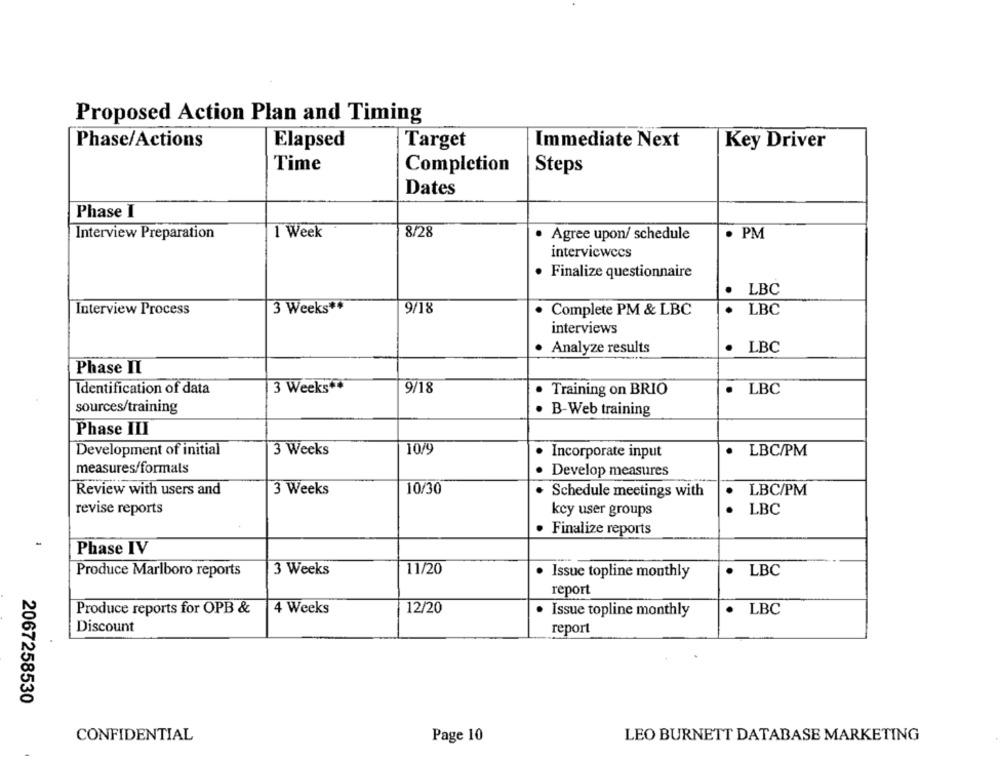
Proposed Action Plan and Timing
Phase/Actions
Elapsed
Target
Immediate Next
Key Driver
Time
Completion
Steps
Dates
Phase I
Interview Preparation
1 Week
8/28
Agree upon/ schedule
· PM
interviewccs
· Finalize questionnaire
· LBC
Interview Process
3 Weeks **
9/18
Complete PM & LBC
. LBC
interviews
Analyze results
. LBC
Phase II
3 Weeks"
9/18
Identification of data
· Training on BRIO
LBC
sources/training
· B-Web training
Phase III
10/9
Development of initial
3 Weeks
Incorporate input
LBC/PM
measures/formals
. .
Develop measures
10/30
Review with users and
3 Weeks
Schedule meetings with
LBC/PM
revise reports
key user groups
LBC
· Finalize reports
Phase IV
3 Weeks
11/20
LBC
Produce Marlboro reports
· Issue topline monthly
report
4 Weeks
12/20
LBC
Produce reports for OPB &
· Issue topline monthly
Discount
report
2067258530
CONFIDENTIAL
Page 10
LEO BURNETT DATABASE MARKETING